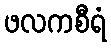
ဖလကစီရံ